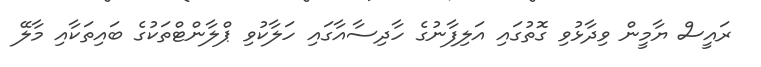
ރައީސް ޔާމީން ވިދާޅުވި ގޮތުގައި އަލިފާނުގެ ހާދިސާއާގައި ހަލާކުވި ޕްލާންޓްތަކުގެ ބައިތަކާއި މާލޭ